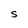
Character: S